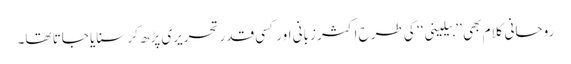
روحانی کلام بھی ’’بیلینی‘‘ کی طرح اکثر زبانی اور کسی قدر تحریری پڑھ کر سنایا جاتا تھا۔